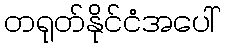
တရုတ်နိုင်ငံအပေါ်